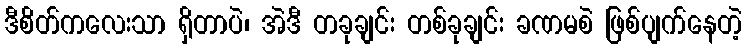
ဒီစိတ်ကလေးသာ ရှိတာပဲ၊ အဲဒီ တခုချင်း တစ်ခုချင်း ခဏမစဲ ဖြစ်ပျက်နေတဲ့